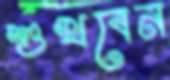
শুখবেন